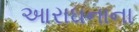
આરાઘનાના